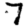
Digit: 7